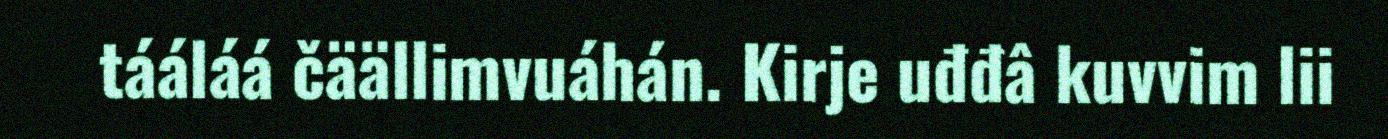
tááláá čäällimvuáhán. Kirje uđđâ kuvvim lii